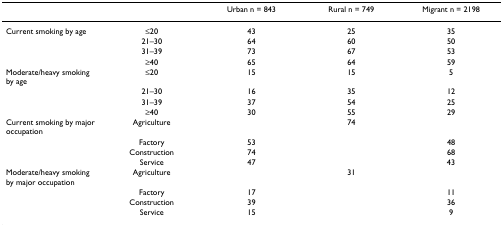
<table><thead><tr><td></td><td></td><td><b>Urban n = 843</b></td><td><b>Rural n = 749</b></td><td><b>Migrant n = 2198</b></td></tr></thead><tbody><tr><td>Current smoking by age</td><td>≤20</td><td>43</td><td>25</td><td>35</td></tr><tr><td></td><td>21–30</td><td>64</td><td>60</td><td>50</td></tr><tr><td></td><td>31–39</td><td>73</td><td>67</td><td>53</td></tr><tr><td></td><td>≥40</td><td>65</td><td>64</td><td>59</td></tr><tr><td>Moderate/heavy smoking by age</td><td>≤20</td><td>15</td><td>15</td><td>5</td></tr><tr><td></td><td>21–30</td><td>16</td><td>35</td><td>12</td></tr><tr><td></td><td>31–39</td><td>37</td><td>54</td><td>25</td></tr><tr><td></td><td>≥40</td><td>30</td><td>55</td><td>29</td></tr><tr><td>Current smoking by major occupation</td><td>Agriculture</td><td></td><td>74</td><td></td></tr><tr><td></td><td>Factory</td><td>53</td><td></td><td>48</td></tr><tr><td></td><td>Construction</td><td>74</td><td></td><td>68</td></tr><tr><td></td><td>Service</td><td>47</td><td></td><td>43</td></tr><tr><td>Moderate/heavy smoking by major occupation</td><td>Agriculture</td><td></td><td>31</td><td></td></tr><tr><td></td><td>Factory</td><td>17</td><td></td><td>11</td></tr><tr><td></td><td>Construction</td><td>39</td><td></td><td>36</td></tr><tr><td></td><td>Service</td><td>15</td><td></td><td>9</td></tr></tbody></table>